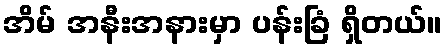
အိမ် အနီးအနားမှာ ပန်းခြံ ရှိတယ်။